Source: Handwritten
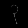
Digit: ၃ (3)